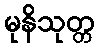
မုနိသုတ္တ